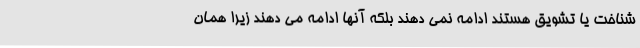
شناخت یا تشویق هستند ادامه نمی دهند بلکه آنها ادامه می دهند زیرا همان